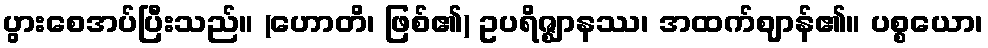
ပွားစေအပ်ပြီးသည်။ (ဟောတိ၊ ဖြစ်၏) ဥပရိဇ္ဈာနဿ၊ အထက်ဈာန်၏။ ပစ္စယော၊